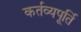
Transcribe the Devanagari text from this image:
कर्तव्यपूर्ति